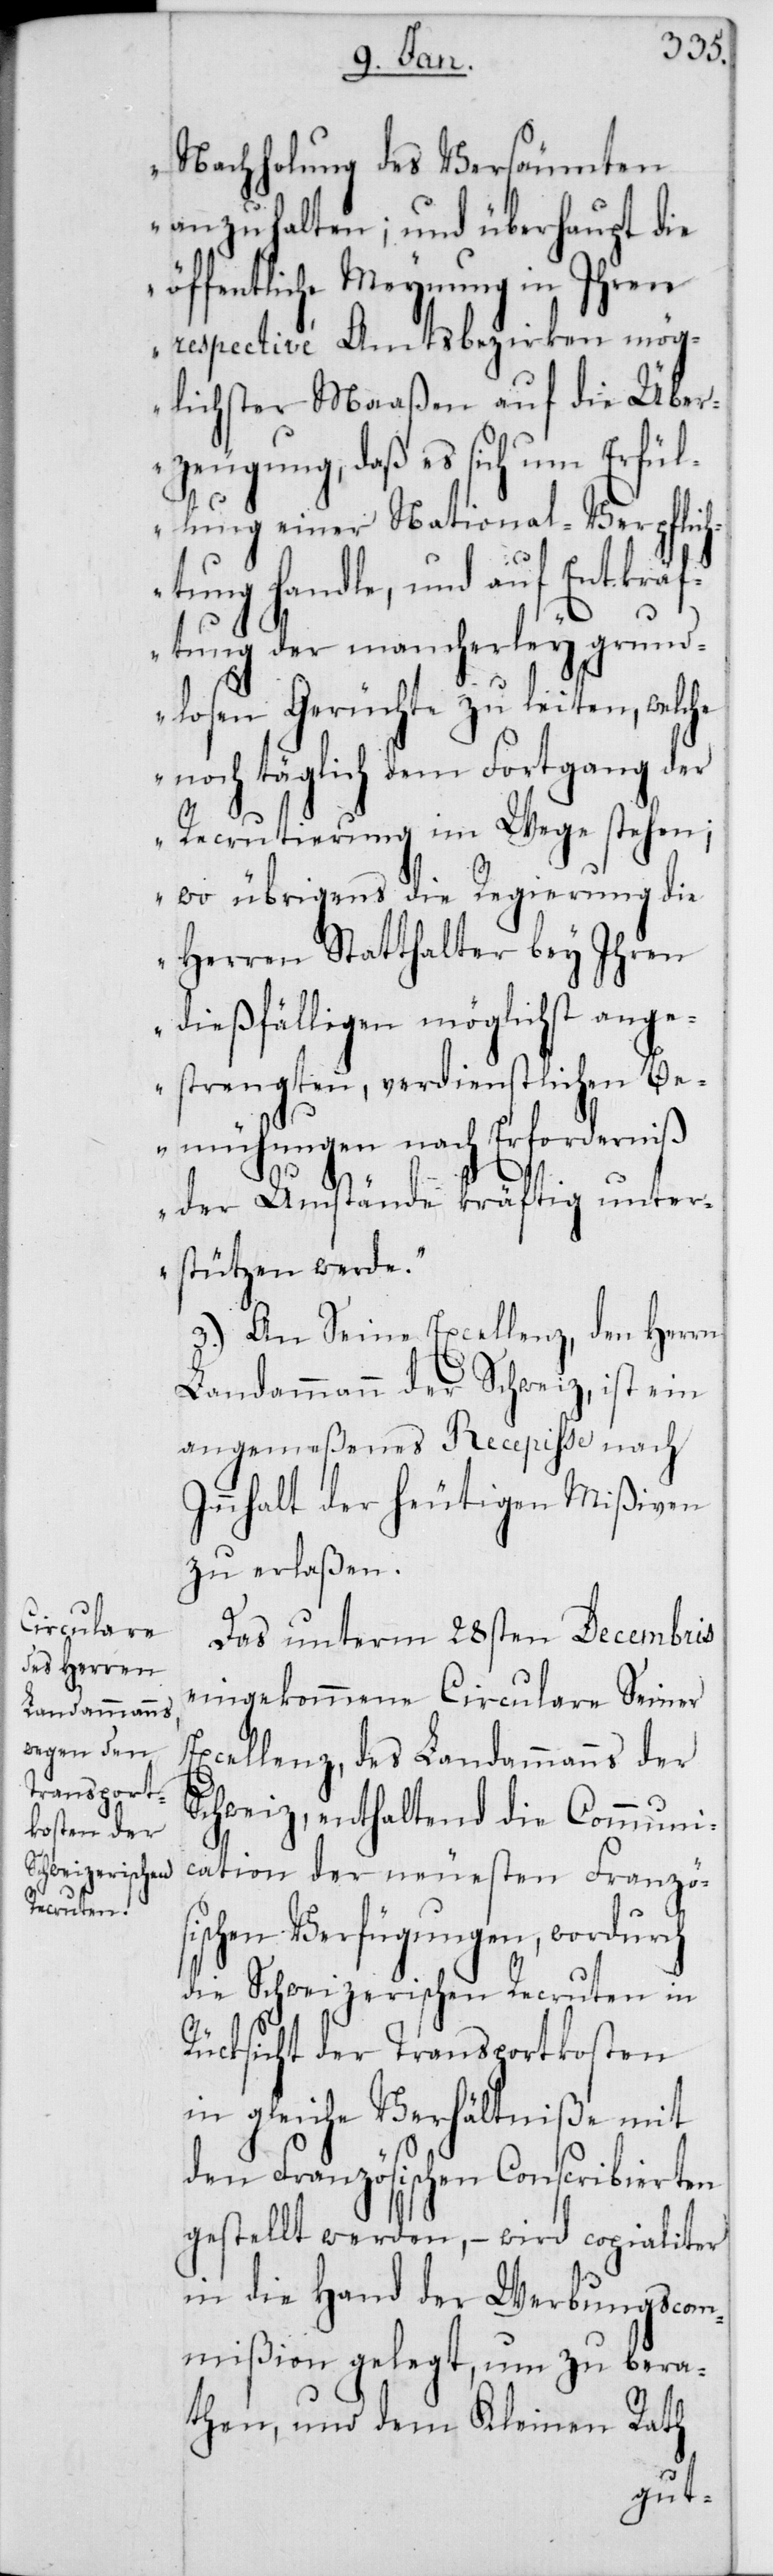
Nachholung des Versäumten
anzuhalten; und überhaupt die
öffentliche Meynung in Ihren
respectivé Amtsbezirken mög¬
lichster Maaßen auf die Über¬
zeugung, daß es sich um Erfül¬
lung einer National-Verpflic¬
htung handle, und auf Entkräf¬
tung der mancherley grund¬
losen Gerüchte zu leiten, welche
noch täglich dem Fortgang der
Recrutierung im Wege stehen;
wo übrigens die Regierung die
Herren Statthalter bey Ihren
dießfälligen möglichst ange¬
strengten, verdienstlichen Be¬
mühungen nach Erforderniß
der Umstände kräftig unter¬
stützen werde.“
3.) An Seine Excellenz, den Herrn
Landammann der Schweiz, ist ein
angemeßenes Recepisse nach
Innhalt der heutigen Mißiven
zu erlaßen.
Das unterm 28sten Decembris
eingekommene Circulare Seiner
Excellenz, des Landammanns der
Schweiz, enthaltend die Communi¬
cation der neuesten Französ¬
ischen Verfügungen, wordurch
die Schweizerischen Recruten in
Rücksicht der Transportkosten
in gleiche Verhältniße mit
den Französischen Conscribierten
gestellt werden, – wird copialiter
in die Hand der Werbungscom¬
mißion gelegt, um zu berat¬
hen, und dem Kleinen Rath